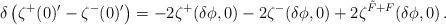
LaTeX: \begin{align*}\delta \left( \zeta^+(0)'-\zeta^-(0)'\right)=-2\zeta^+(\delta\phi ,0)-2\zeta^-(\delta\phi ,0)+2\zeta^{\tilde F+F} (\delta\phi ,0) \,.\end{align*}